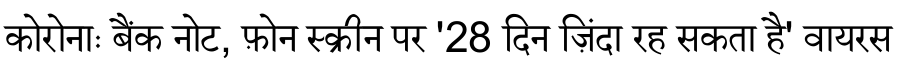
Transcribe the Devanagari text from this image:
कोरोनाः बैंक नोट, फ़ोन स्क्रीन पर '28 दिन ज़िंदा रह सकता है' वायरस